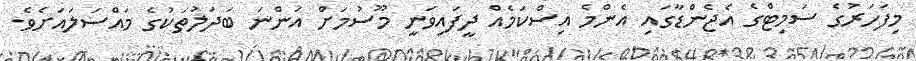
މިފަހަރުގެ ސަމިޓްގެ އެޖެންޑާގައި އެންމެ އިސްކަމެއް ދީފައިވަނީ މޫސުމަށް އަންނަ ބަދަލުތަކުގެ މައްސަލައަށެވެ.